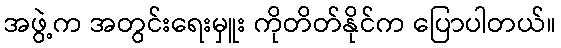
အဖွဲ့က အတွင်းရေးမှူး ကိုတိတ်နိုင်က ပြောပါတယ်။